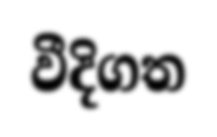
වීදිගත